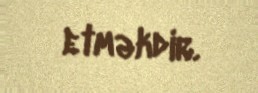
etməkdir.